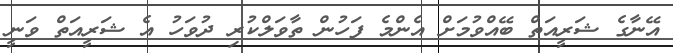
އޭނާގެ ޝަރީއަތް ބޭއްވުމަށް އެންމެ ފަހުން ތާވަލްކުރި ދުވަހު އެ ޝަރީއަތް ވަނީ